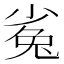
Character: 㝹